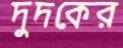
দুদকের